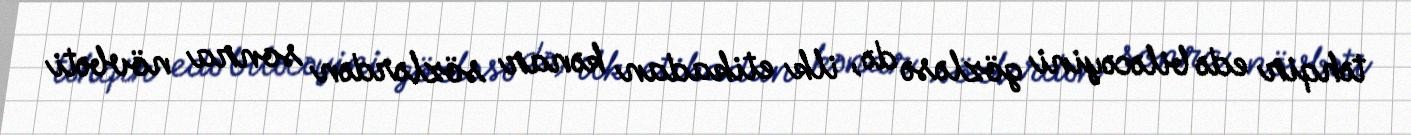
təhqir edə biləcəyini gözləsə də, ilk etikadan kənar sözlərdən sonra növbəti